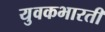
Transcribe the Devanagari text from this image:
युवकभारती